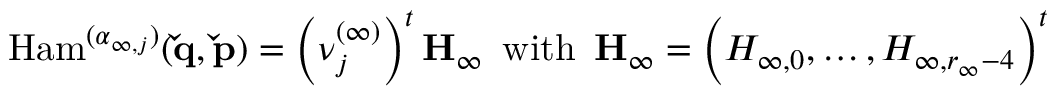
\mathrm { H a m } ^ { ( \boldsymbol { \alpha } _ { \infty , j } ) } ( \mathbf { \check { q } } , \mathbf { \check { p } } ) = \left( \boldsymbol { \nu } _ { j } ^ { ( \infty ) } \right) ^ { t } \mathbf { H _ { \infty } } \, \mathrm { ~ w i t h ~ } \, \mathbf { H _ { \infty } } = \left( H _ { \infty , 0 } , \dots , H _ { \infty , r _ { \infty } - 4 } \right) ^ { t }